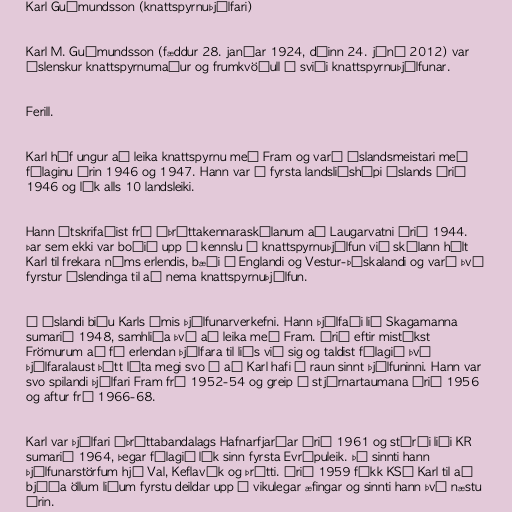
Karl Guðmundsson (knattspyrnuþjálfari)

Karl M. Guðmundsson (fæddur 28. janúar 1924, dáinn 24. júní 2012) var
íslenskur knattspyrnumaður og frumkvöðull á sviði knattspyrnuþjálfunar.

Ferill.

Karl hóf ungur að leika knattspyrnu með Fram og varð Íslandsmeistari með
félaginu árin 1946 og 1947. Hann var í fyrsta landsliðshópi Íslands árið
1946 og lék alls 10 landsleiki.

Hann útskrifaðist frá Íþróttakennaraskólanum að Laugarvatni árið 1944.
Þar sem ekki var boðið upp á kennslu í knattspyrnuþjálfun við skólann hélt
Karl til frekara náms erlendis, bæði í Englandi og Vestur-Þýskalandi og varð því
fyrstur Íslendinga til að nema knattspyrnuþjálfun.

Á Íslandi biðu Karls ýmis þjálfunarverkefni. Hann þjálfaði lið Skagamanna
sumarið 1948, samhliða því að leika með Fram. Árið eftir mistókst
Frömurum að fá erlendan þjálfara til liðs við sig og taldist félagið því
þjálfaralaust þótt líta megi svo á að Karl hafi í raun sinnt þjálfuninni. Hann var
svo spilandi þjálfari Fram frá 1952-54 og greip í stjórnartaumana árið 1956
og aftur frá 1966-68.

Karl var þjálfari Íþróttabandalags Hafnarfjarðar árið 1961 og stýrði liði KR
sumarið 1964, þegar félagið lék sinn fyrsta Evrópuleik. Þá sinnti hann
þjálfunarstörfum hjá Val, Keflavík og Þrótti. Árið 1959 fékk KSÍ Karl til að
bjóða öllum liðum fyrstu deildar upp á vikulegar æfingar og sinnti hann því næstu
árin.